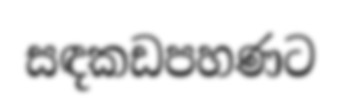
සඳකඩපහණට